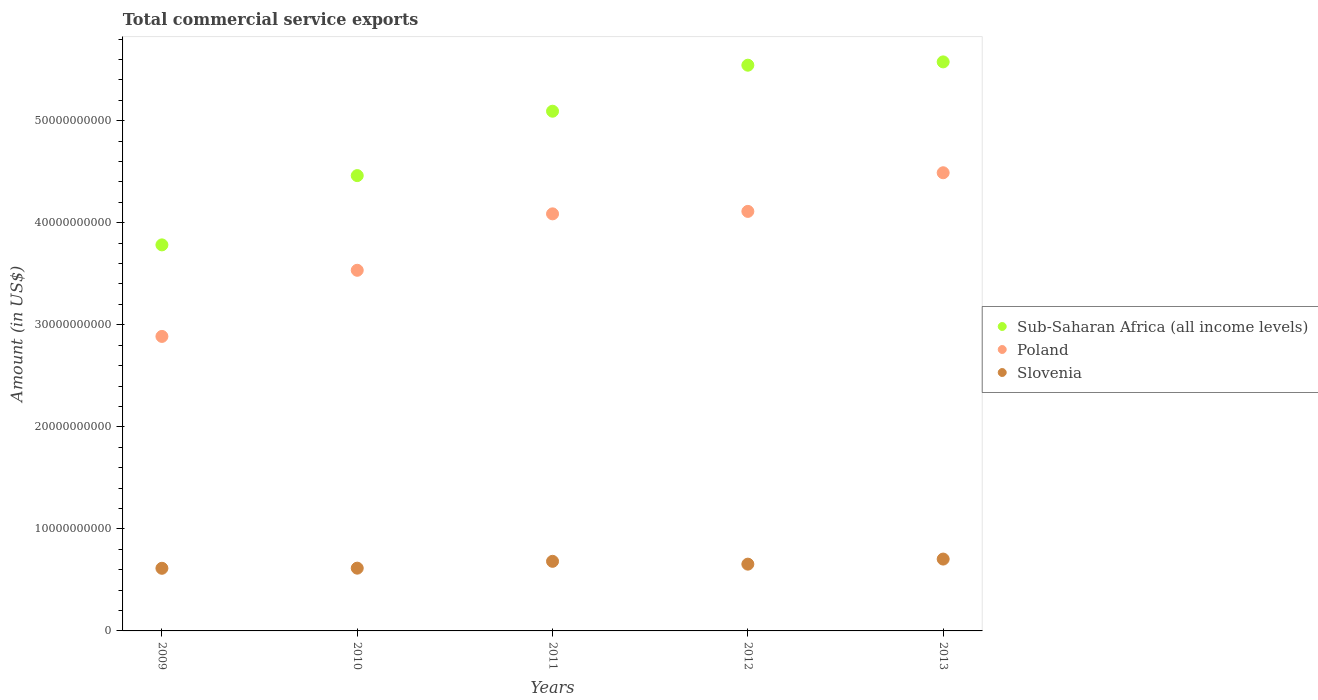
| Years | Sub-Saharan Africa (all income levels) | Poland | Slovenia |
 | --- | --- | --- | --- |
 | 2009 | 3.78e+10 | 2.89e+10 | 6.14e+09 |
 | 2010 | 4.46e+10 | 3.53e+10 | 6.15e+09 |
 | 2011 | 5.09e+10 | 4.09e+10 | 6.82e+09 |
 | 2012 | 5.54e+10 | 4.11e+10 | 6.54e+09 |
 | 2013 | 5.58e+10 | 4.49e+10 | 7.04e+09 |